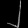
Digit: ၂